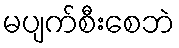
မပျက်စီးစေဘဲ